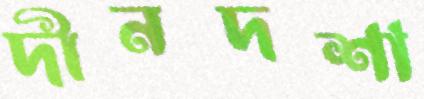
দীনদশা